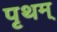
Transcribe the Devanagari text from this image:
पृथम्‌